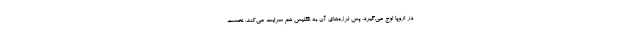
در اروپا اوج می‌گیرد، پس لرزه‌های آن به انگلیس هم سرایت می‌کند. نخست